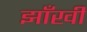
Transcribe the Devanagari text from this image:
झाँखी